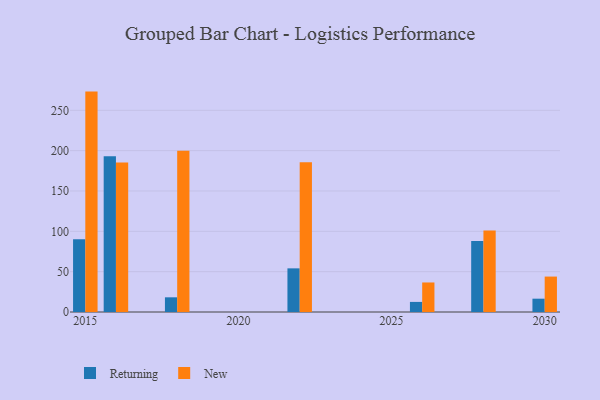
{"axis": {"x": "Year", "y": "Active Users"}, "legend": ["New", "Returning"], "data": [{"x": "2018", "y": 18.2, "type": "Returning"}, {"x": "2018", "y": 200.0, "type": "New"}, {"x": "2015", "y": 90.2, "type": "Returning"}, {"x": "2015", "y": 273.2, "type": "New"}, {"x": "2016", "y": 193.2, "type": "Returning"}, {"x": "2016", "y": 185.3, "type": "New"}, {"x": "2028", "y": 88.0, "type": "Returning"}, {"x": "2028", "y": 101.0, "type": "New"}, {"x": "2022", "y": 54.1, "type": "Returning"}, {"x": "2022", "y": 185.5, "type": "New"}, {"x": "2030", "y": 16.5, "type": "Returning"}, {"x": "2030", "y": 43.9, "type": "New"}, {"x": "2026", "y": 12.5, "type": "Returning"}, {"x": "2026", "y": 36.6, "type": "New"}]}